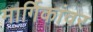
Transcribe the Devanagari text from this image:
मार्गिकांवर